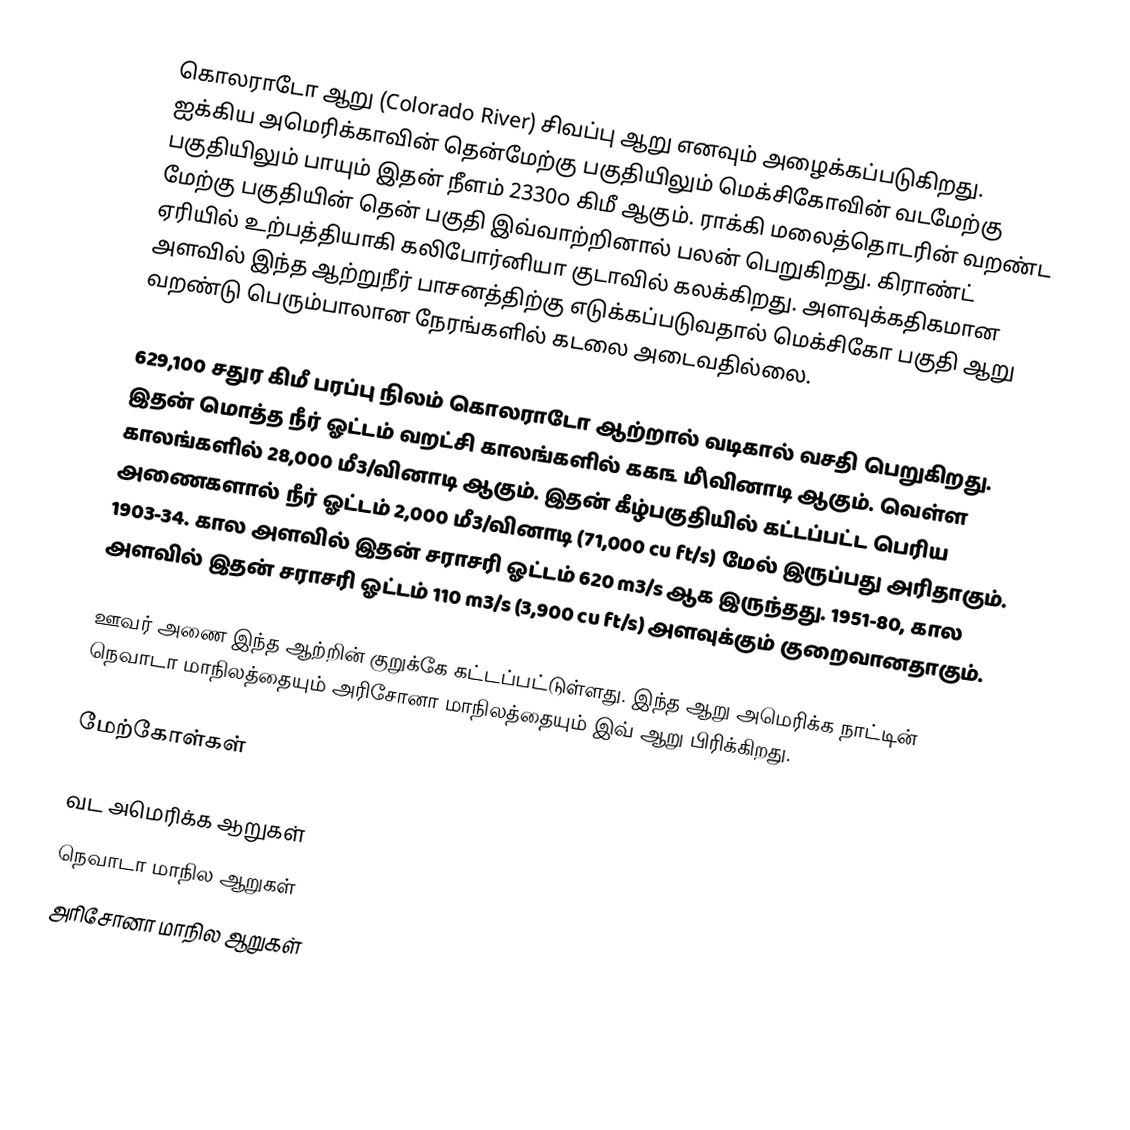
கொலராடோ ஆறு (Colorado River) சிவப்பு ஆறு எனவும் அழைக்கப்படுகிறது. ஐக்கிய அமெரிக்காவின் தென்மேற்கு பகுதியிலும் மெக்சிகோவின் வடமேற்கு பகுதியிலும் பாயும் இதன் நீளம் 2330௦ கிமீ ஆகும். ராக்கி மலைத்தொடரின் வறண்ட மேற்கு பகுதியின் தென் பகுதி இவ்வாற்றினால் பலன் பெறுகிறது. கிராண்ட் ஏரியில் உற்பத்தியாகி கலிபோர்னியா குடாவில் கலக்கிறது. அளவுக்கதிகமான அளவில் இந்த ஆற்றுநீர் பாசனத்திற்கு எடுக்கப்படுவதால் மெக்சிகோ பகுதி ஆறு வறண்டு பெரும்பாலான நேரங்களில் கடலை அடைவதில்லை.

629,100 சதுர கிமீ பரப்பு நிலம் கொலராடோ ஆற்றால் வடிகால் வசதி பெறுகிறது. இதன் மொத்த நீர் ஓட்டம் வறட்சி காலங்களில் ௧௧௩ மீ\வினாடி ஆகும். வெள்ள காலங்களில் 28,000 மீ3/வினாடி ஆகும். இதன் கீழ்பகுதியில் கட்டப்பட்ட பெரிய அணைகளால் நீர் ஓட்டம் 2,000 மீ3/வினாடி (71,000 cu ft/s) மேல் இருப்பது அரிதாகும். 1903-34. கால அளவில் இதன் சராசரி ஓட்டம் 620 m3/s ஆக இருந்தது. 1951-80, கால அளவில் இதன் சராசரி ஓட்டம் 110 m3/s (3,900 cu ft/s) அளவுக்கும் குறைவானதாகும்.

ஊவர் அணை இந்த ஆற்றின் குறுக்கே கட்டப்பட்டுள்ளது. இந்த ஆறு அமெரிக்க நாட்டின் நெவாடா மாநிலத்தையும் அரிசோனா மாநிலத்தையும் இவ் ஆறு பிரிக்கிறது.

மேற்கோள்கள்

வட அமெரிக்க ஆறுகள்
நெவாடா மாநில ஆறுகள்
அரிசோனா மாநில ஆறுகள்